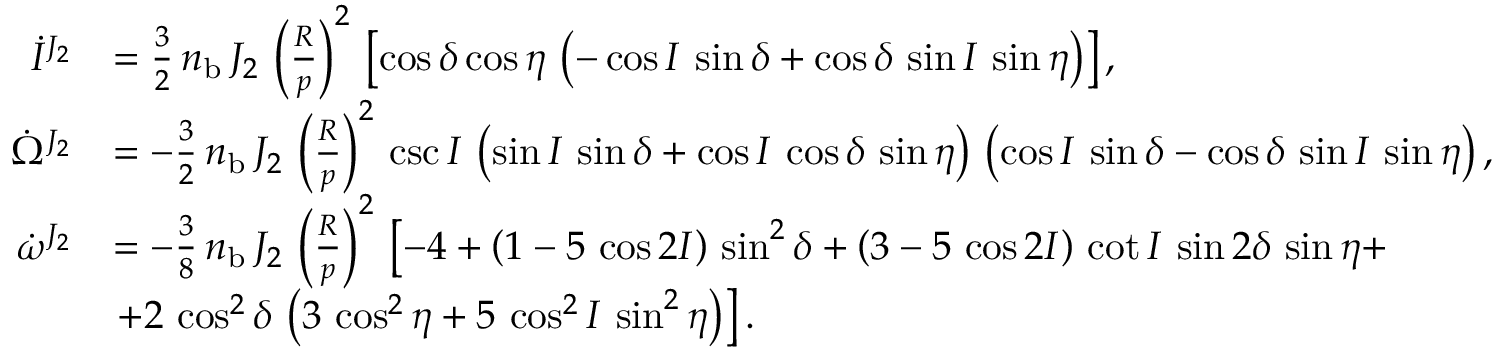
\begin{array} { r l } { \dot { I } ^ { J _ { 2 } } } & { = \frac { 3 } { 2 } \, n _ { \mathrm { b } } \, J _ { 2 } \, \left( \frac { R } { p } \right) ^ { 2 } \, \left[ \cos \delta \cos \eta \, \left( - \cos I \, \sin \delta + \cos \delta \, \sin I \, \sin \eta \right) \right] , } \\ { \dot { \Omega } ^ { J _ { 2 } } } & { = - \frac { 3 } { 2 } \, n _ { \mathrm { b } } \, J _ { 2 } \, \left( \frac { R } { p } \right) ^ { 2 } \, \csc I \, \left( \sin I \, \sin \delta + \cos I \, \cos \delta \, \sin \eta \right) \, \left( \cos I \, \sin \delta - \cos \delta \, \sin I \, \sin \eta \right) , } \\ { \dot { \omega } ^ { J _ { 2 } } } & { = - \frac { 3 } { 8 } \, n _ { \mathrm { b } } \, J _ { 2 } \, \left( \frac { R } { p } \right) ^ { 2 } \, \left[ - 4 + \left( 1 - 5 \, \cos 2 I \right) \, \sin ^ { 2 } \delta + \left( 3 - 5 \, \cos 2 I \right) \, \cot I \, \sin 2 \delta \, \sin \eta + \right. } \\ & { \left. + 2 \, \cos ^ { 2 } \delta \, \left( 3 \, \cos ^ { 2 } \eta + 5 \, \cos ^ { 2 } I \, \sin ^ { 2 } \eta \right) \right] . } \end{array}